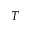
T